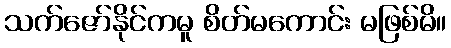
သက်ဇော်နိုင်ကမူ စိတ်မကောင်း မဖြစ်မိ။